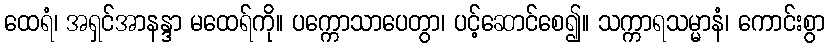
ထေရံ၊ အရှင်အာနန္ဒာ မထေရ်ကို။ ပက္ကောသာပေတွာ၊ ပင့်ဆောင်စေ၍။ သက္ကာရသမ္မာနံ၊ ကောင်းစွာ